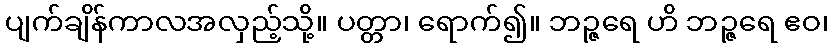
ပျက်ချိန်ကာလအလှည့်သို့။ ပတ္တာ၊ ရောက်၍။ ဘဉ္ဇရေ ဟိ ဘဉ္ဇရေ ဧဝ၊